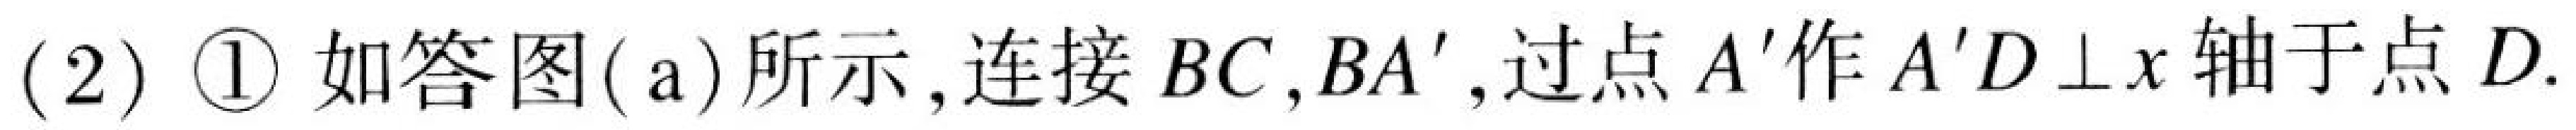
(2) \textcircled{1} 如答图( a) 所示, 连接 \(BC,BA'\), 过点 \(A'\)作 \(A'D\perp x\)轴于点 \(D\).